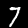
Label: 7